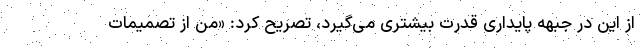
از این در جبهه پایداری قدرت بیشتری می‌گیرد، تصریح کرد: «من از تصمیمات